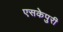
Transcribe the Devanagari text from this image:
एसकेपुरी